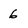
Character: 6